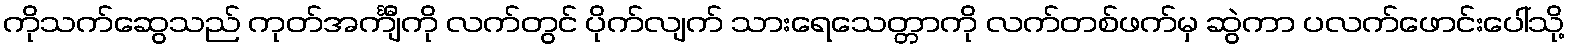
ကိုသက်ဆွေသည် ကုတ်အင်္ကျီကို လက်တွင် ပိုက်လျက် သားရေသေတ္တာကို လက်တစ်ဖက်မှ ဆွဲကာ ပလက်ဖောင်းပေါ်သို့